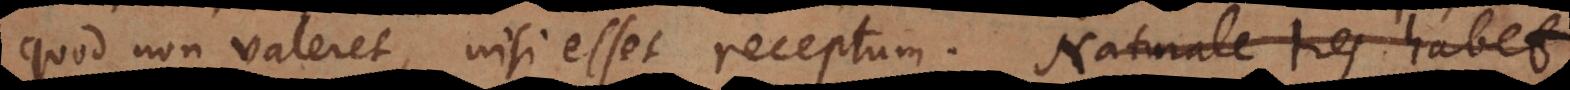
quod non valeret, nisi esset receptum. Naturale tres habet